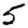
Digit: 5